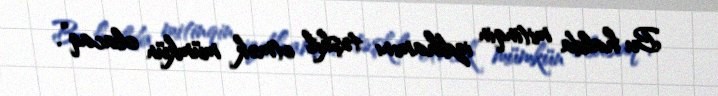
Bu halda mitinqin izdihamını təşkil etmək mümkün olacaq”.